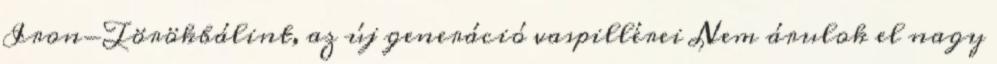
Iron-Törökbálint, az új generáció vaspillérei Nem árulok el nagy